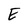
Character: E